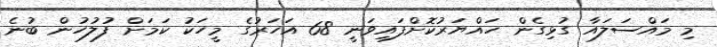
މި މައްސަލައާ ގުޅިގެން ހައްޔަރުކޮށްފައިވަނީ 68 އަހަރުގެ މީހަކު ކަމަށް ފުލުހުން ބުނެ